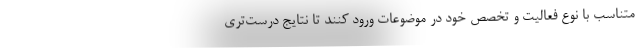
متناسب با نوع فعالیت و تخصص خود در موضوعات ورود کنند تا نتایج درست‌تری